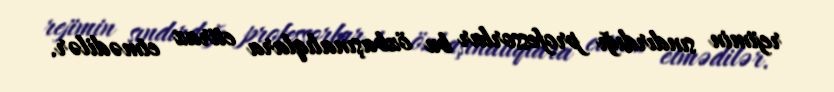
rejimin sındırdığı professorlar bu özbaşınalıqlara etiraz etmədilər.